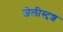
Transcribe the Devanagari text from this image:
जेलीस्दृश